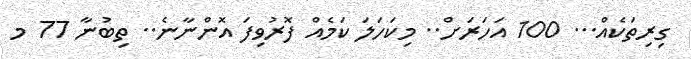
ގިރިތަކެއް... 100 އަހަރަށް.. މިކަހަލަ ކަމެއް ފޮރުވިފަ އޮންނާނެ.. ތިބުނާ 77 މ